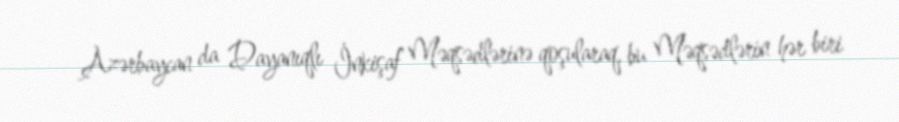
Azərbaycan da Dayanıqlı İnkişaf Məqsədlərinə qoşularaq, bu Məqsədlərin hər biri